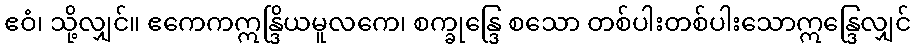
ဧဝံ၊ သို့လျှင်။ ဧကေကဣန္ဒြိယမူလကေ၊ စက္ခုန္ဒြေ စသော တစ်ပါးတစ်ပါးသောဣန္ဒြေလျှင်